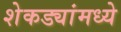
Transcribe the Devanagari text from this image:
शेकड्यांमध्ये